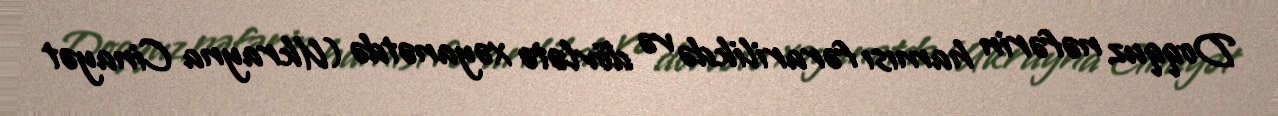
Doqquz nəfərin hamısı fərarilikdə və dövlətə xəyanətdə (Ukrayna Cinayət